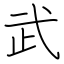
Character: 武